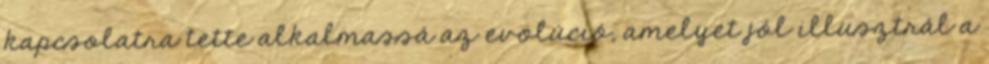
kapcsolatra tette alkalmassá az evolúció, amelyet jól illusztrál a